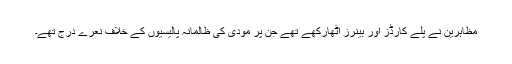
مظاہرین نے پلے کارڈز اور بینرز اٹھارکھے تھے جن پر مودی کی ظالمانہ پالیسیوں کے خلاف نعرے درج تھے۔